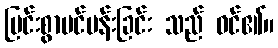
ပြင်းစွာပင်ပန်းခြင်း သည် ဝင်၏။